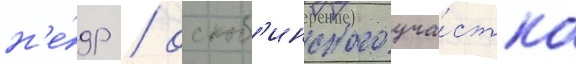
н'е́др / оскоб'инского уча́стка